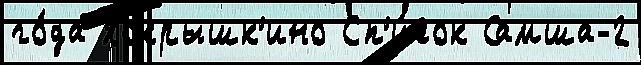
го́да Покрышк'ино Сп'и́сок Самша-2